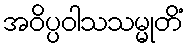
အဝိပ္ပဝါသသမ္မုတိံ